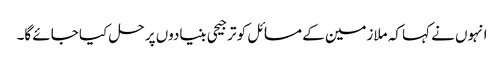
انہوں نے کہا کہ ملازمین کے مسائل کو ترجیحی بنیادوں پر حل کیا جائے گا۔